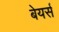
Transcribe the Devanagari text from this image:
बेयर्स